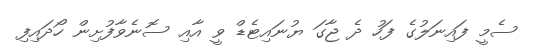
ސެމީ ފައިނަލުގެ ފަހު ދެ ޖާގަ ޔުނައިޓެޑް ވީ އާއި ސޮނެވާފުށިން ހޯދައިފި